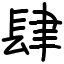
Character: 肆